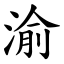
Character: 渝